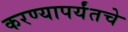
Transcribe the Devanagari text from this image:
करण्यापर्यंतचे